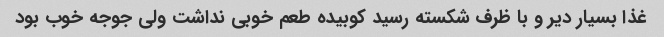
غذا بسیار دیر و با ظرف شکسته رسید کوبیده طعم خوبی نداشت ولی جوجه خوب بود